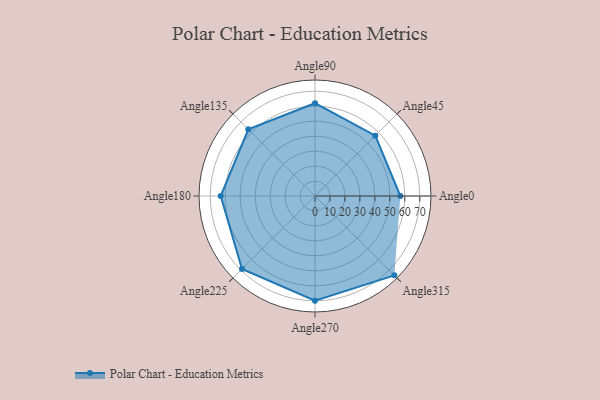
{"axis": {"x": "Angle", "y": "Radius"}, "legend": [""], "data": [{"x": "Angle0", "y": 57.0, "type": ""}, {"x": "Angle45", "y": 57.0, "type": ""}, {"x": "Angle90", "y": 62.0, "type": ""}, {"x": "Angle135", "y": 63.0, "type": ""}, {"x": "Angle180", "y": 63.0, "type": ""}, {"x": "Angle225", "y": 69.0, "type": ""}, {"x": "Angle270", "y": 70.0, "type": ""}, {"x": "Angle315", "y": 75.0, "type": ""}]}